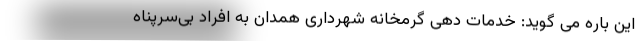
این باره می گوید: خدمات دهی گرمخانه شهرداری همدان به افراد بی‌سرپناه